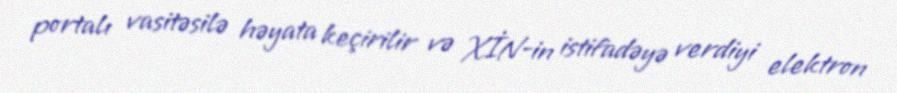
portalı vasitəsilə həyata keçirilir və XİN-in istifadəyə verdiyi elektron